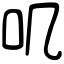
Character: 叽